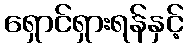
ရှောင်ရှားရန်နှင့်